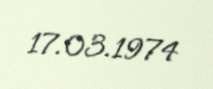
17.03.1974